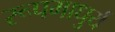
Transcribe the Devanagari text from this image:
रूपमाधुर्य